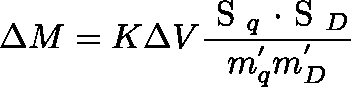
\Delta M = K \Delta V \frac { \mathrm { \boldmath ~ S ~ } _ { q } \mathrm { \boldmath ~ \cdot ~ S ~ } _ { D } } { m _ { q } ^ { ' } m _ { D } ^ { ' } }